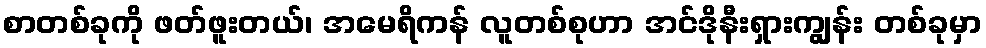
စာတစ်ခုကို ဖတ်ဖူးတယ်၊ အမေရိကန် လူတစ်စုဟာ အင်ဒိုနီးရှားကျွန်း တစ်ခုမှာ